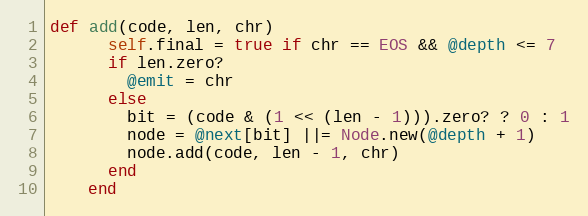
Language: Ruby
def add(code, len, chr)
      self.final = true if chr == EOS && @depth <= 7
      if len.zero?
        @emit = chr
      else
        bit = (code & (1 << (len - 1))).zero? ? 0 : 1
        node = @next[bit] ||= Node.new(@depth + 1)
        node.add(code, len - 1, chr)
      end
    end